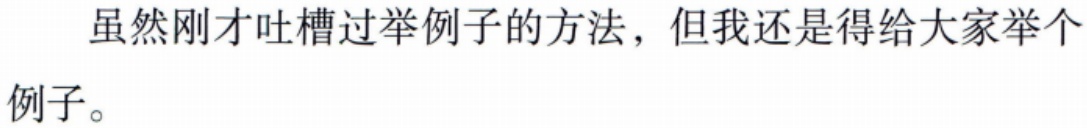
虽然刚才吐槽过举例子的方法，但我还是得给大家举个例子。